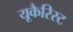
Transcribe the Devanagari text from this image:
यूकैरिस्ट